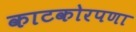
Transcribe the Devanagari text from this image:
काटकोरपणा